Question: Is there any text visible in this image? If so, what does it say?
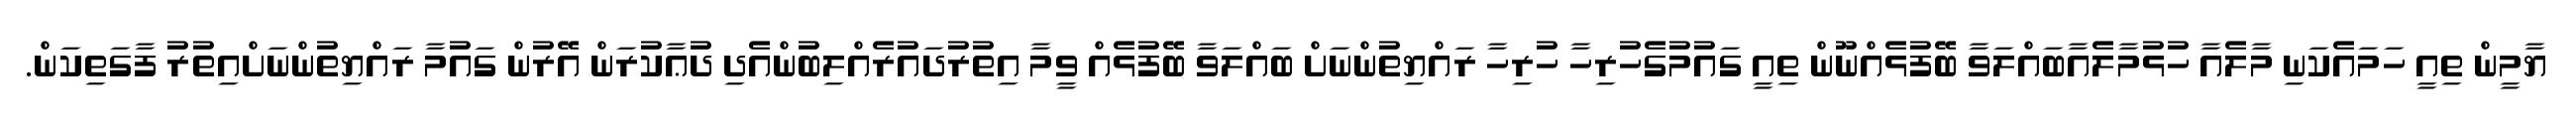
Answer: ޔާމީން ތިއީ ހަމައެކަނި މާލެއާ ހުޅުމާލެއާބައްލަވާ ބޭފުޅެއްނޫން ތިއީ ގައުމުގެހުރިހާ ހުރިހާ ރައްޔިތުންނަށް ބައްލަވާ ބޭފުޅެއް ވީމާ އިތުރުދައުރެއްލިބުންއެދި ދުޢާކުރަން އޭރުން ގައުމާ ރައްޔިތުންނަށްއިތުރު ފާގަތިކަން.